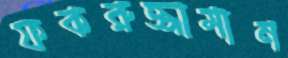
ফকরুজ্জামান